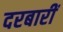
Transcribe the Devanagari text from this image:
दरबारीं